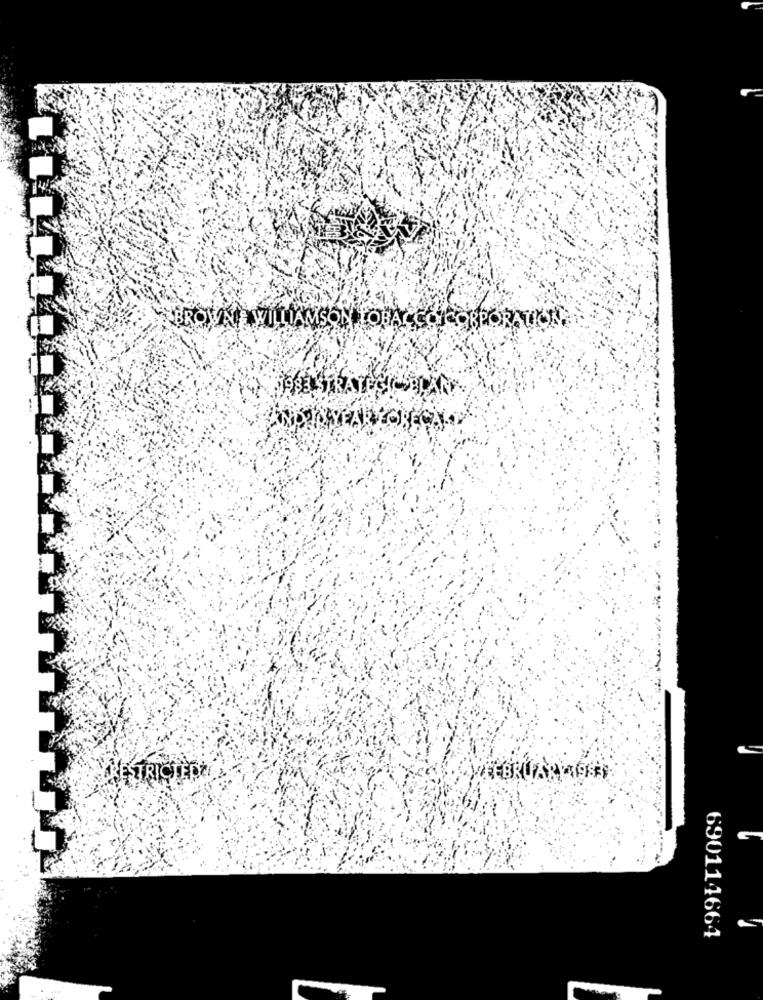
ROWNE WILLIAMSON TOBACCO CORPORATION
-
STRICTED*
CFARYT983
690114664